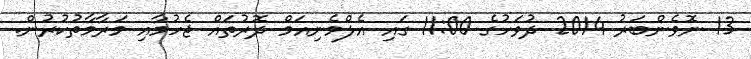
13 ނޮވެންބަރު 2014 ދުވަހުގެ 11:00 ގައި އެލްމެނިއަމް ދޮރުތައް ޖެހުމާއި މަރާމާތުކުރުން.